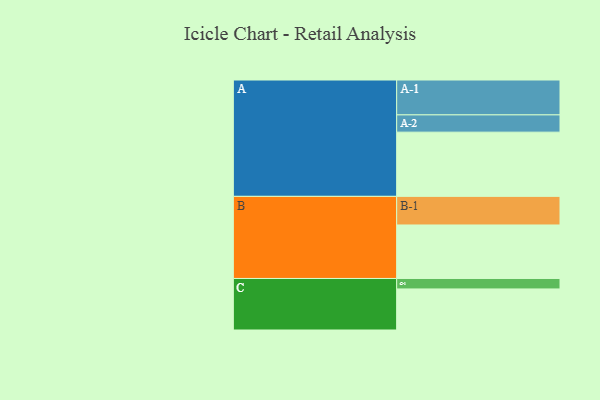
{"axis": {"x": "Segment", "y": "Value"}, "legend": ["", "A", "B", "C"], "data": [{"x": "A", "y": 521, "type": ""}, {"x": "B", "y": 434, "type": ""}, {"x": "C", "y": 333, "type": ""}, {"x": "A-1", "y": 283, "type": "A"}, {"x": "A-2", "y": 140, "type": "A"}, {"x": "B-1", "y": 232, "type": "B"}, {"x": "C-1", "y": 85, "type": "C"}]}